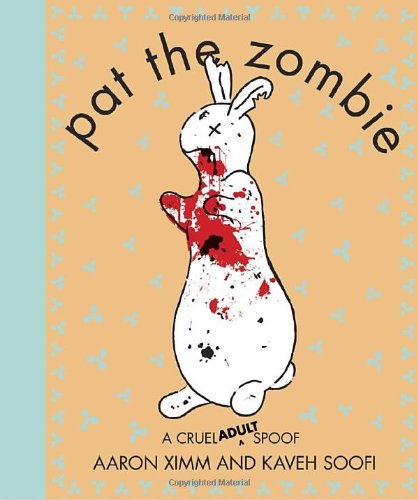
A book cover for Pat the Zombie: A Cruel (Adult) Spoof; Aaron Ximm; Comics & Graphic Novels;